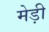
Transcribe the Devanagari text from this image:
मेड़ी